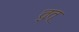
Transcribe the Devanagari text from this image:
तुत्